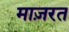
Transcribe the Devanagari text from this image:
माज़रत